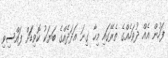
ފަހުން އެއް ދުވަހެއްގެ ތެރޭގައި މިހާ ގިނަ އަދަދެއްގެ ބަޔަކު ކޮވިޑަަށް ފައްސިވި